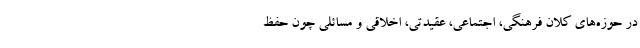
در حوزه‌های کلان فرهنگی، اجتماعی، عقیدتی، اخلاقی و مسائلی چون حفظ